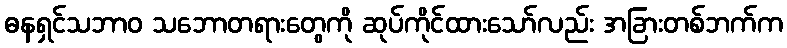
ဓနရှင်သဘာဝ သဘောတရားတွေကို ဆုပ်ကိုင်ထားသော်လည်း အခြားတစ်ဘက်က